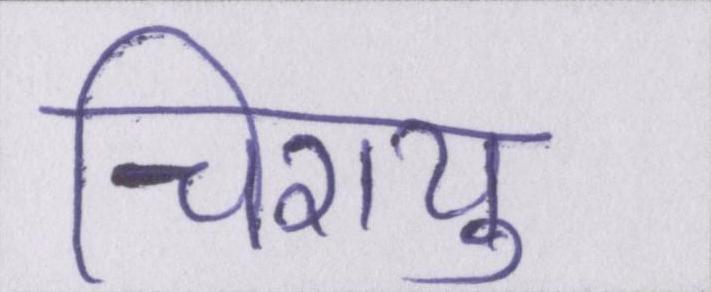
चिरायु